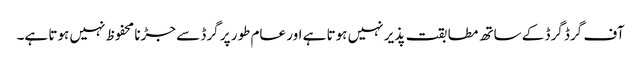
آف گرڈ گرڈ کے ساتھ مطابقت پذیر نہیں ہوتا ہے اور عام طور پر گرڈ سے جڑنا محفوظ نہیں ہوتا ہے۔